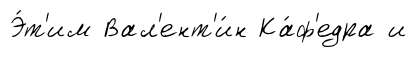
Э́т'им Вал'ент'и́н Ка́ф'едра и